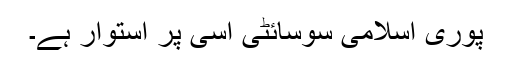
پوری اسلامی سوسائٹی اسی پر استوار ہے۔